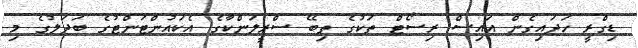
ޑިގްރީ ހަދައިގެން އައިސް ރިސޯޓް ތަކުގެ ތިބޭ ސްރީލަންކާގެ އެކަައުންޓަންޓުގެ ބަދަލުގެ މި